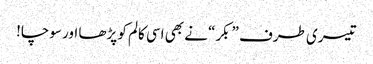
تیسری طرف ”بکر“ نے بھی اسی کالم کو پڑھا اور سوچا!